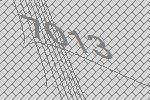
7013